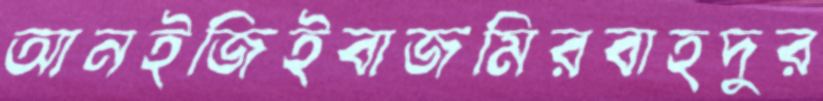
আনইজিইবাজমিরবাহদুর